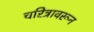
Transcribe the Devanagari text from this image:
चरित्रावरून